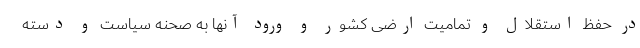
در حفظ استقلال و تمامیت ارضی کشور و ورود آنها به صحنه سیاست و دسته